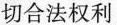
切合法权利